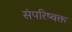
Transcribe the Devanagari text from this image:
संपरिष्वक्त